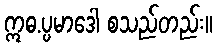
ဣဓ.ပ္ပမာဒေါ စသည်တည်း။